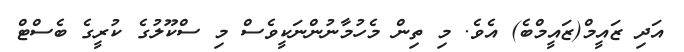
އަދި ޒައީމް(ޒައީމްބެ) އެވެ. މި ތިން މެހުމާނުންނަކީވެސް މި ސްކޫލުގެ ކުރީގެ ބެސްޓް